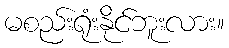
မစည်းရုံးနိုင်ဘူးလား။